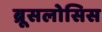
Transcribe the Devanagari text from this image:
ब्रूसलोसिस